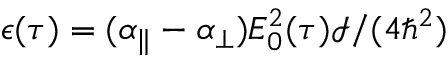
\epsilon ( \tau ) = ( \alpha _ { \parallel } - \alpha _ { \perp } ) E _ { 0 } ^ { 2 } ( \tau ) \mathcal { I } / ( 4 \hbar ^ { 2 } )